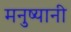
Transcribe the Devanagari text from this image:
मनुष्यानी